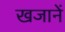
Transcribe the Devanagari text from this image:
खजानें